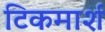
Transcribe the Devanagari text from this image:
टिकमार्श